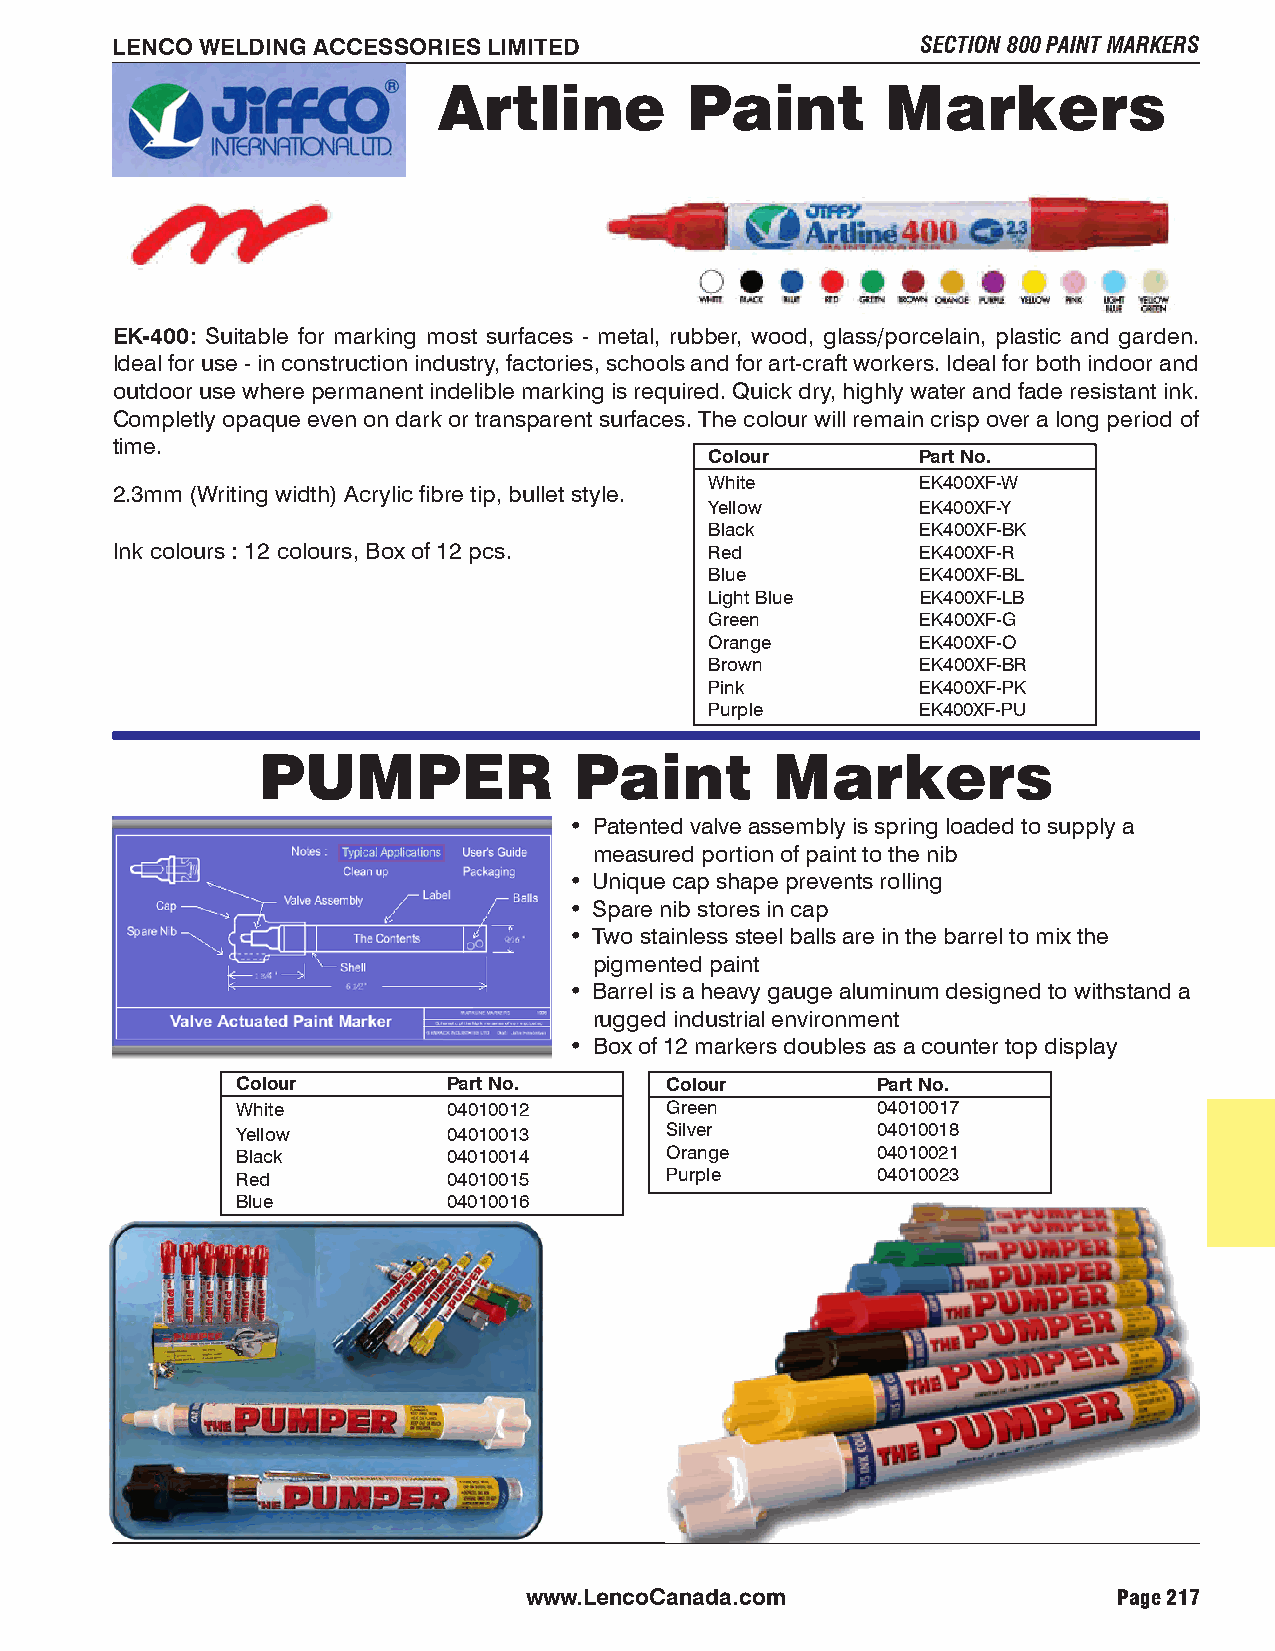
LENCO WELDING ACCESSORIES LIMITED                     SECTION 800 PAINT MARKERS
 Artline         Paint         Markers
 EK-400: Suitable for marking most surfaces - metal, rubber, wood, glass/porcelain, plastic and garden.
 Ideal for use - in construction industry, factories, schools and for art-craft workers. Ideal for both indoor and
 outdoor use where permanent indelible marking is required. Quick dry, highly water and fade resistant ink.
 Completly opaque even on dark or transparent surfaces. The colour will remain crisp over a long period of
 time.
 Colour        Part No.
 White         EK400XF-W
 2.3mm (Writing width) Acrylic fibre tip, bullet style.
 Yellow        EK400XF-Y
 Black         EK400XF-BK
 Ink colours : 12 colours, Box of 12 pcs. Red          EK400XF-R
 Blue          EK400XF-BL
 Light Blue    EK400XF-LB
 Green         EK400XF-G
 Orange        EK400XF-O
 Brown         EK400XF-BR
 Pink          EK400XF-PK
 Purple        EK400XF-PU
 PUMPER               Paint        Markers
 • Patented valve assembly is spring loaded to supply a
 measured portion of paint to the nib
 • Unique cap shape prevents rolling
 • Spare nib stores in cap
 • Two stainless steel balls are in the barrel to mix the
 pigmented paint
 • Barrel is a heavy gauge aluminum designed to withstand a
 rugged industrial environment
 • Box of 12 markers doubles as a counter top display
 Colour        Part No.      Colour        Part No.
 White         04010012      Green         04010017
 Yellow        04010013      Silver        04010018
 Black         04010014      Orange        04010021
 Red           04010015      Purple        04010023
 Blue          04010016
 www.LencoCanada.com                    Page 217